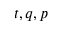
t , q , p